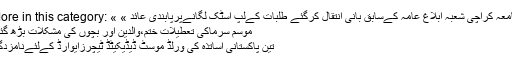
More in this category: « جامعہ کراچی شعبہ ابلاغ عامہ کےسابق بانی انتقال کرگئے طلبات کےلپ اسٹک لگانےپرپابندی عائد »
موسم سرماکی تعطیلات ختم،والدین اور بچوں کی مشکلات بڑھ گئیں
تین پاکستانی اساتذہ کی ورلڈ موسٹ ڈیڈیکیٹڈ ٹیچرزایوارڈ کےلئےنامزدگی